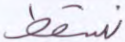
نسقط